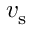
v _ { \mathrm { s } }